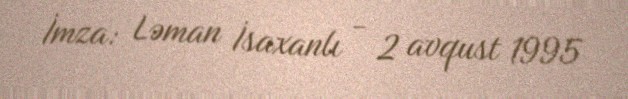
İmza: Ləman İsaxanlı - 2 avqust 1995